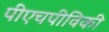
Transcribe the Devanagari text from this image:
पीएचपीविकी